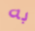
به